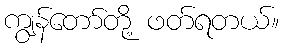
ကျွန်တော်တို့ ဖတ်ရတယ်။